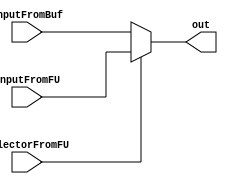
module AluMux1 (inputFromBuf,inputFromFU,selectorFromFU,out);
    
    input [15:0] inputFromBuf,inputFromFU;
    input selectorFromFU;
    output [15:0] out;

    assign out = ((selectorFromFU) ? inputFromFU : inputFromBuf);

endmodule